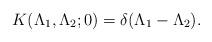
LaTeX: \begin{align*}K(\Lambda_1,\Lambda_2;0)= \delta (\Lambda_1-\Lambda_2).\end{align*}